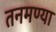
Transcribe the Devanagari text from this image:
तनमण्या